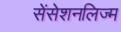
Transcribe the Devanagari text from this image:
सेंसेशनलिज्म